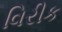
વિરીક